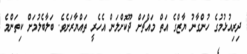
ދިރިއުޅުމުގެ ހުންގާނު ޔާޒްގެ އަތް މައްޗަށް ދޫކޮށްލަން އެހެރީ ތައްޔާރަށެވެ. ބަލާބެލުމަށް ކިތަންމެ